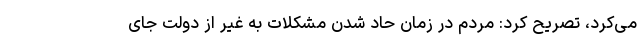
می‌کرد، تصریح کرد: مردم در زمان حاد شدن مشکلات به غیر از دولت جای